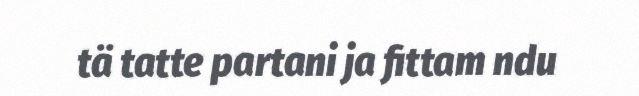
tä tatte partani ja fittam ndu